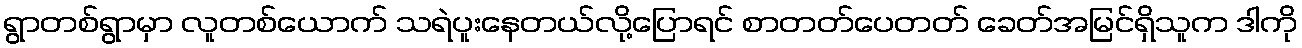
ရွာတစ်ရွာမှာ လူတစ်ယောက် သရဲပူးနေတယ်လို့ပြောရင် စာတတ်ပေတတ် ခေတ်အမြင်ရှိသူက ဒါကို